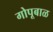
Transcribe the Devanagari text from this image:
गोपूबाळ